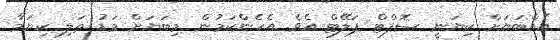
އެއްބަޔަށް ކިޔަނީ ސޮފްޓް ޕަލޭޓް އެވެ. އެހެންކަމުން މިބަޔަށް މަޑު ތަލި ކިޔަމާ